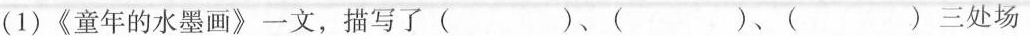
(1)《童年的水墨画》一文，描写了( )、( )、( )三处场